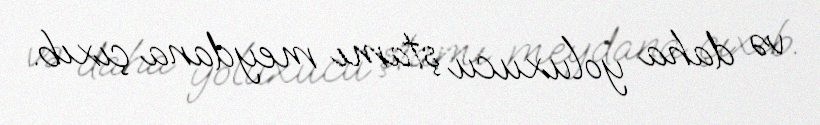
və daha yoluxucu ştamı meydana çıxıb.